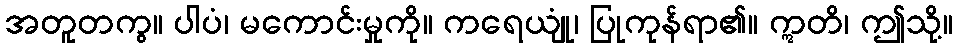
အတူတကွ။ ပါပံ၊ မကောင်းမှုကို။ ကရေယျုံ၊ ပြုကုန်ရာ၏။ ဣတိ၊ ဤသို့။